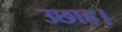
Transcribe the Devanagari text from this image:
उछाह।